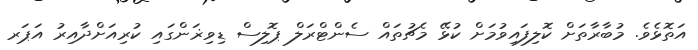
އަތޮޅެވެ. މުބާރާތަށް ކޮލިފައިވުމަށް ކުޅޭ މެޗުތައް ސެންޓްރަލް ޕޮލިސް ޑިވިޜަންގައި ކުރިއަށްދާއިރު އަޕަރ